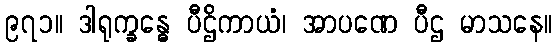
၉၇၁။ ဒါရုက္ခန္ဓေ ပီဌိကာယံ၊ အာပဏေ ပီဌ မာသနေ။